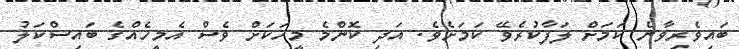
ބައިވެރިވާނެ ކަމަށް ލަފާކުރެވޭ ކަމަށެވެ. އަދި ކޮންމެ މީހަކަށް ވެސް އެމީހެއްގެ ބައިސްކަލު